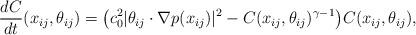
LaTeX: \begin{align*} \frac{dC}{dt}(x_{ij},\theta_{ij}) = \bigl( c_0^2 |\theta_{ij}\cdot \nabla p(x_{ij})|^2 - C(x_{ij},\theta_{ij})^{\gamma-1} \bigr) C(x_{ij},\theta_{ij}),\end{align*}